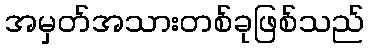
အမှတ်အသားတစ်ခုဖြစ်သည်